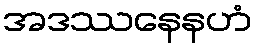
အဒဿနေနဟံ